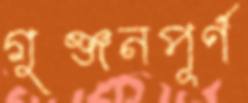
গুঞ্জনপূর্ণ